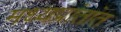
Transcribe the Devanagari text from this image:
मध्यप्रांतांत